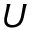
U